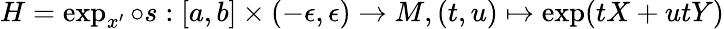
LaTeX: H=\exp_{x^{\prime}}\circ s:[a,b]\times(-\epsilon,\epsilon)\rightarrow M,(t,u)\mapsto\exp(tX+utY)